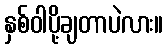
နှစ်ဝါပို့ချတာပဲလား။